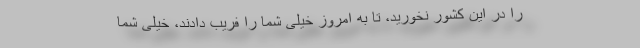
را در این کشور نخورید، تا به امروز خیلی شما را فریب دادند، خیلی شما